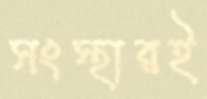
সংস্থারই